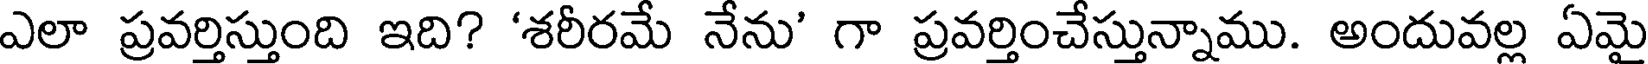
ఎలా ప్రవర్తిస్తుంది ఇది? 'శరీరమే నేను' గా ప్రవర్తించేస్తున్నాము. అందువల్ల ఏమై